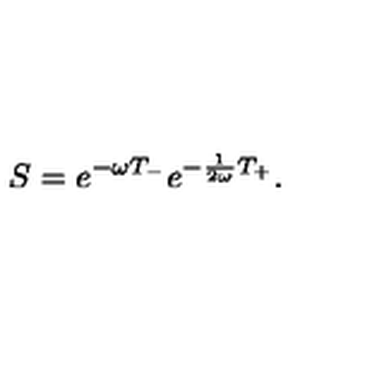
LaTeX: S = e ^ { - \omega T _ { - } } e ^ { - \frac { 1 } { 2 \omega } T _ { + } } .